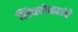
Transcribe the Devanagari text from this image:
शिवणेकरांचे